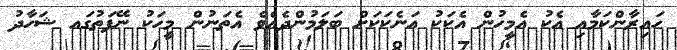
ހައިރާންކަމާއި އެކު އެމީހުން އެކަކު އަނެކަކަށް ބަލަމުންދެއެވެ އެތަނުން މީހަކު ނޭފަތުގައ ޝަހާދު